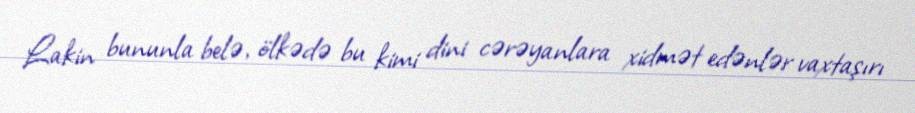
Lakin bununla belə, ölkədə bu kimi dini cərəyanlara xidmət edənlər vaxtaşırı